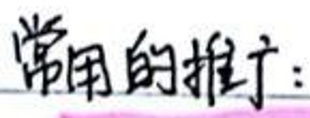
常用的推理：